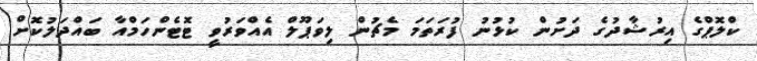
ކްލޮޕްގެ އިރުޝާދުގެ ދަށުން ކުޅުނު ފުރަތަމަ މެޗުން ލިވަޕޫލް އެއްވަރުވީ ޓޮޓެންހަމްއާ ބައްދަލުކޮށް